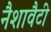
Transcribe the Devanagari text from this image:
नैशावैटी